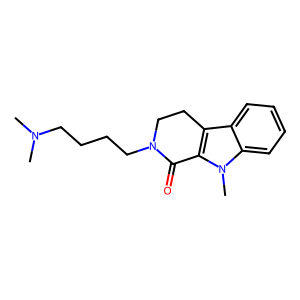
SMILES: CN(C)CCCCN1CCc2c(n(C)c3ccccc23)C1=O
Inhibits HIV replication: No